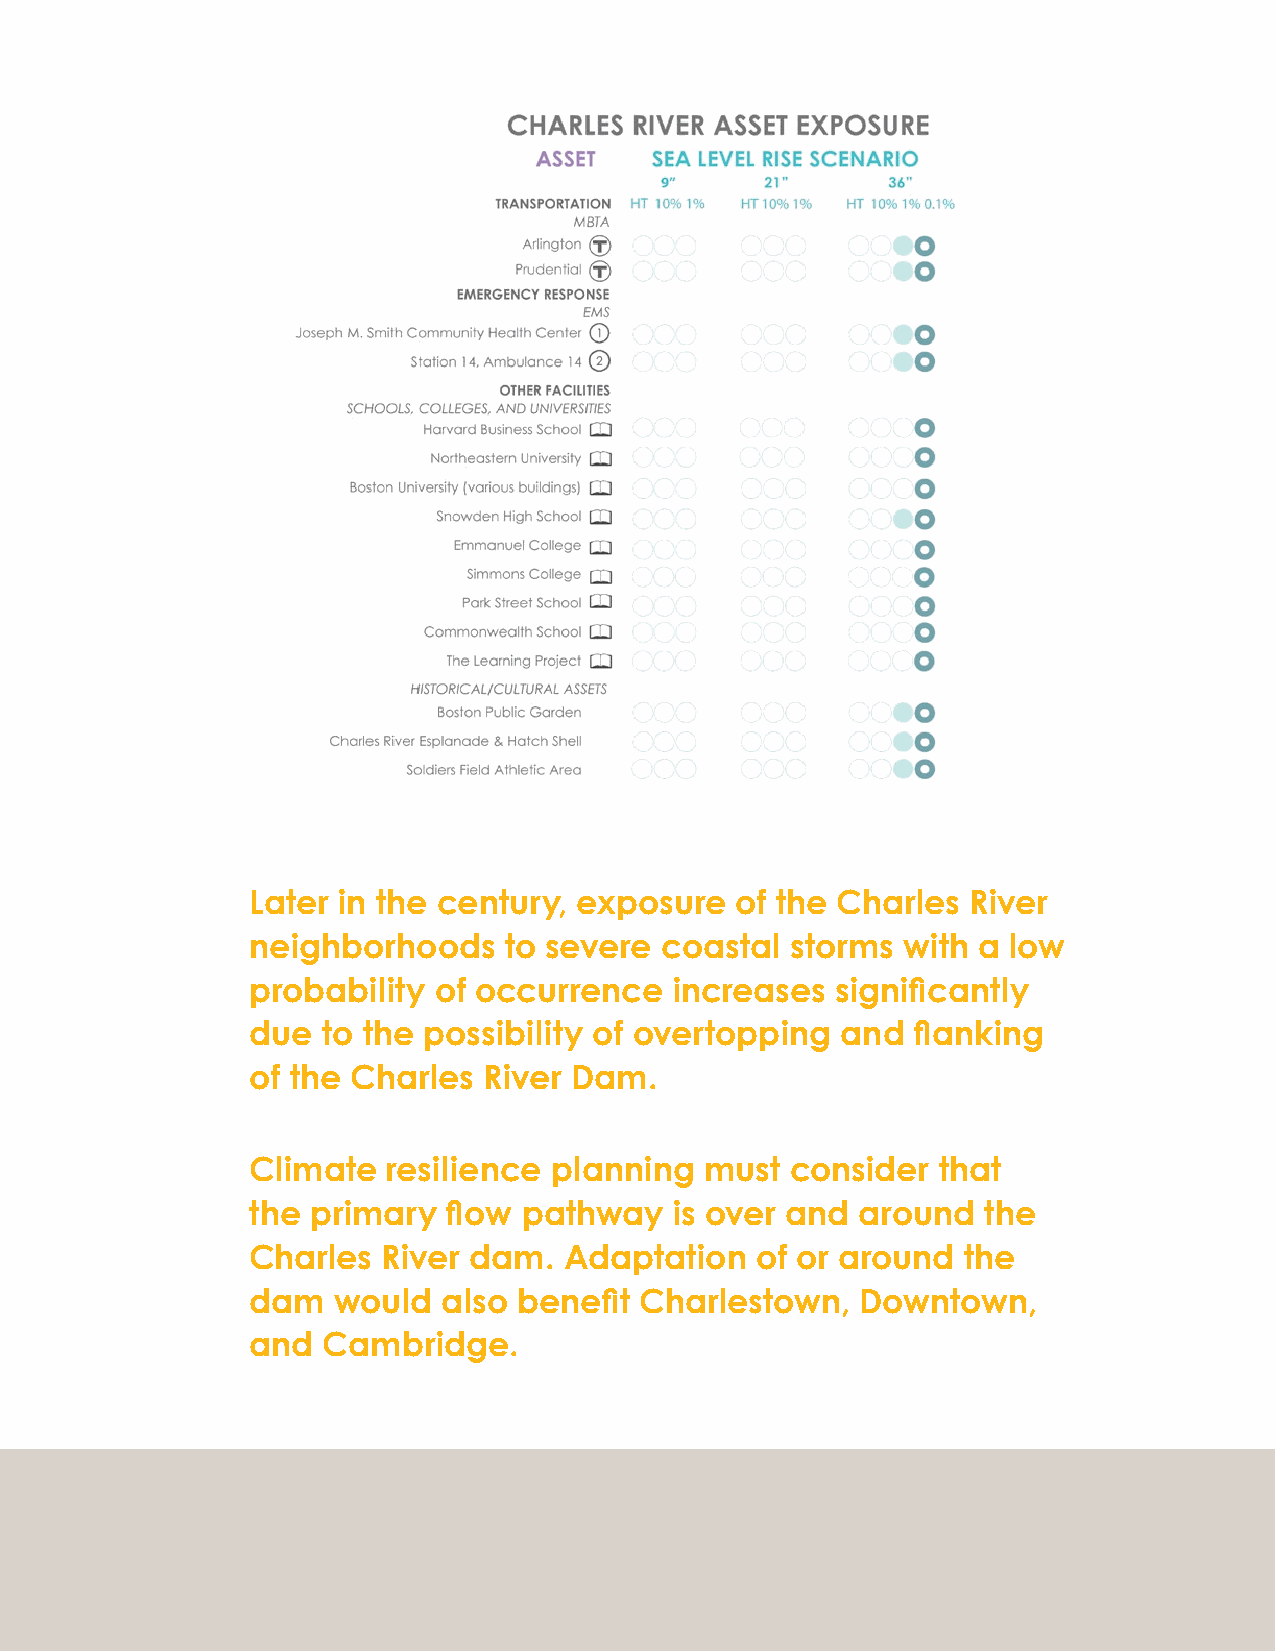
9 INCHES SEA LEVEL RISE
 LEGEND
 Later in the century, exposure   of the Charles River
 neighborhoods    to severe  coastal storms  with a low
 probability  of occurrence   increases signifi cantly
 due  to the possibility of overtopping  and  fl anking
 21 INCHES SEA LEVEL RISE
 of the Charles  River Dam.
 Climate   resilience planning  must consider  that
 the  primary  fl ow pathway  is over and around  the
 Charles  River dam.  Adaptation   of or around  the
 dam   would  also benefi t Charlestown,  Downtown,
 and  Cambridge.
 36 INCHES SEA LEVEL RISE
 178 City of Boston: Climate Ready Boston